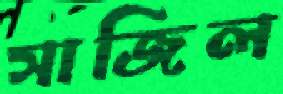
সাজিল